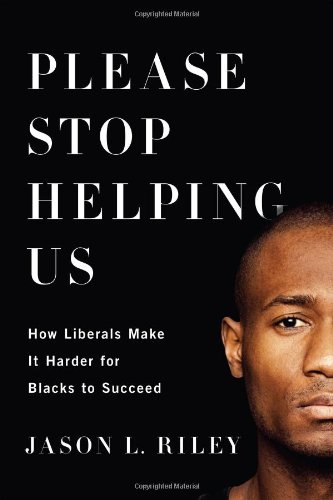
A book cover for Please Stop Helping Us: How Liberals Make It Harder for Blacks to Succeed; Jason L. Riley; Business & Money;